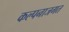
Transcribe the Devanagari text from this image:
कल्पनाजगत